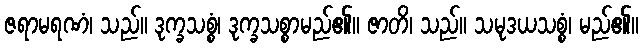
ဇရာမရဏံ၊ သည်။ ဒုက္ခသစ္စံ၊ ဒုက္ခသစ္စာမည်၏။ ဇာတိ၊ သည်။ သမုဒယသစ္စံ၊ မည်၏။